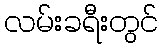
လမ်းခရီးတွင်